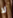
لا